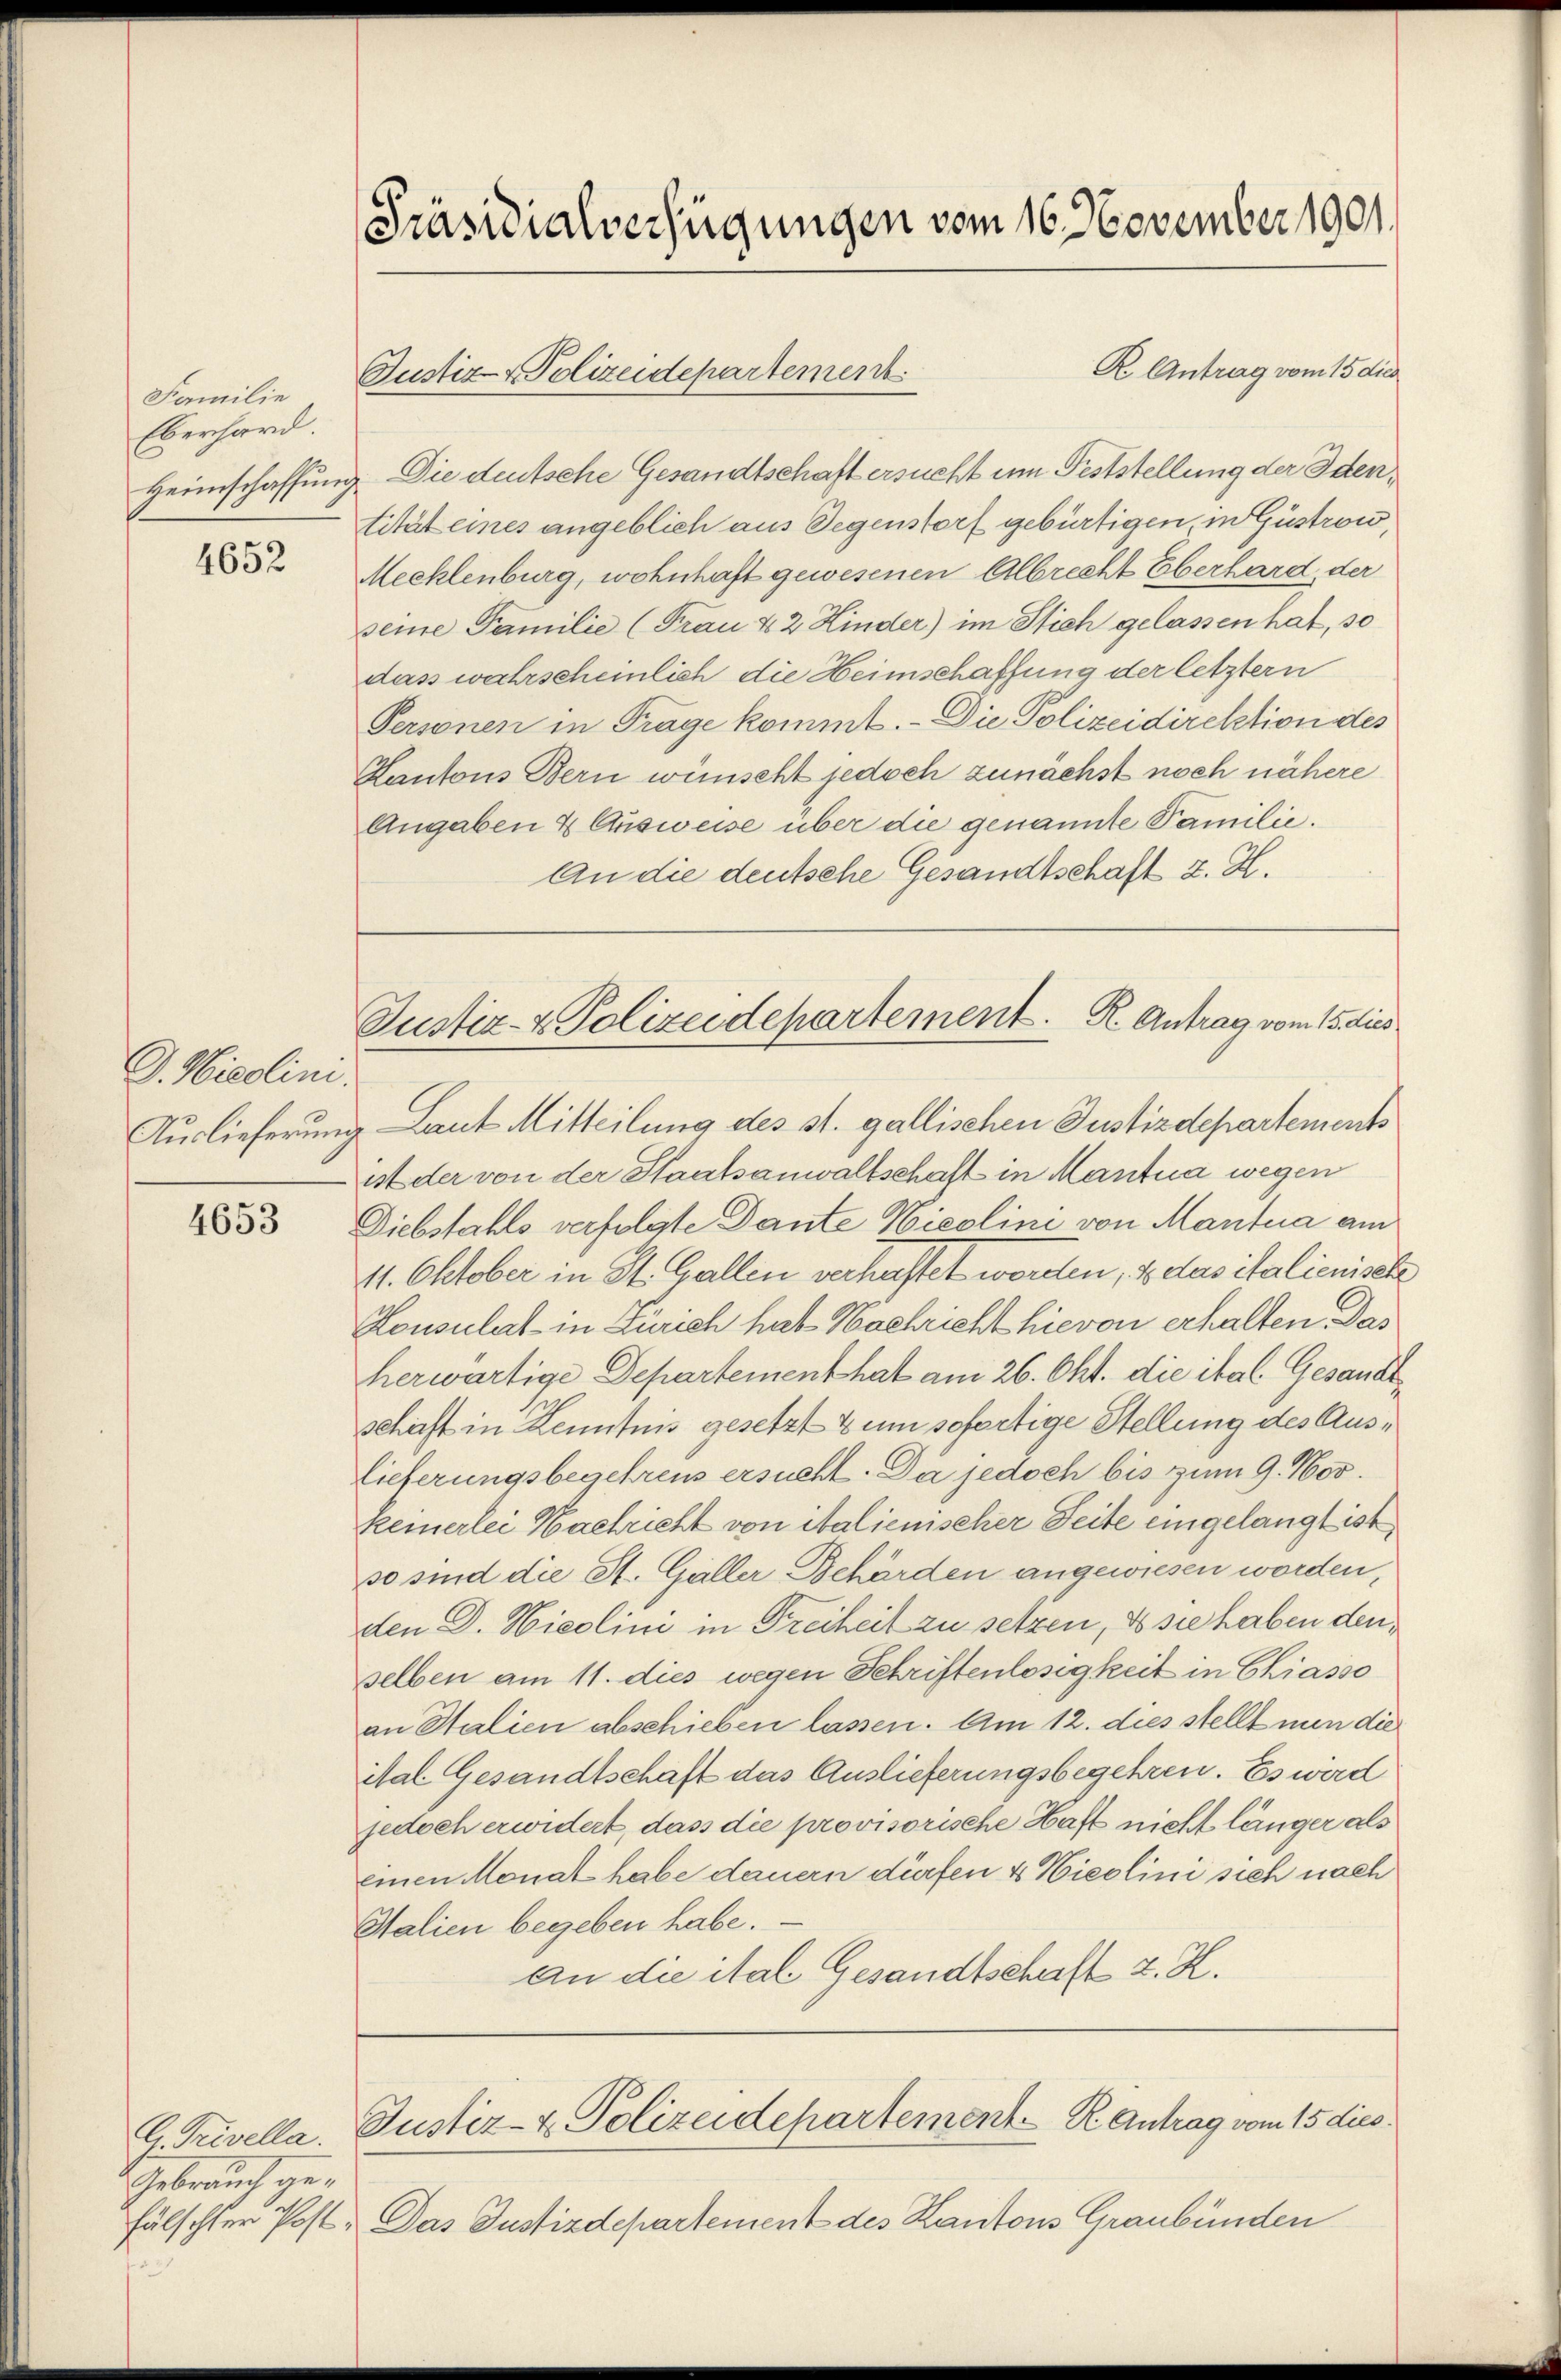
Familie
Eberhard.
Heimschaffung

4652

G. Wiedlini.
Auslieferŭng

4653

G Trivella.
Gebrauch ge¬

Präsidialverfügungen vom 16. November 1901

Justiz Polizeidepartement

Justiz- & Polizeidepartement. R. Antrag vom 15. dies

R Antrag vom 15 dies
4. Die deutsche Gesandtschaft ersucht um Feststellung der Identität eines angeblich aus Segenstorf gebürtigen in Gustrow,
Mecklenburg, wohnhaft gewesenen Albrecht Oberhard, der
seine Familie (Frau & 2 Kinder) im Stich gelassen hat, so
dass wahrscheinlich die Heimschaffung der letztern
Personen in Frage kommt. Die Polizeidirektion des
Kantons Bern wünscht jedoch zunächst noch nähere
Angaben & Ausweise über die genannte Familie.
An die deutsche Gesandtschaft z. K.
Laut Mitteilung des st. gallischen Justizdepartements
ist der von der Staatsanwaltschaft in Mantua wegen
Diebstahls verfolgte Dante Nicolini von Mantua am
11. Oktober in St. Gallen verhaftet worden, & das italienische
Konsulat in Zürich hab Nachricht hievon erhalten. Das
herwärtige Departement hat am 26. Okt. die ital. Gesandt
schaft in Kenntnis gesetzt & um sofertige Stellung des Auslieferungsbegehrens ersucht. Da jedoch bis zum 9. Nov.
keinerlei Nachricht von italienischer Seite eingelangt ist,
so sind die St. Galler Behörden angewiesen worden,
den D. Nicolini in Freiheit zu setzen, da sie haben den
sselben am 11. dies wegen Schriftenlosigkeit in Chiasso
an Stalien abschieben lassen. Am 12. dies stellt nun die
ital Gesandtschaft das Auslieferungsbegehren. Es wird
jedoch erwidert, dass die provisorische Haft nicht länger als
einen Monat habe dauern dürfen & Wieslini sich nach
Salien begeben habe.
an die ital Gesandtschaft z. H.

Justiz- & Polizeidepartement R Antrag vom 15 dies

fälschter Post. Das Justizdepartement des Kantons Graubünden